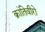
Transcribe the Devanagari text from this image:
क्रांतिवीरो